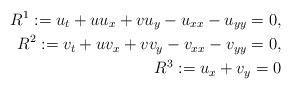
LaTeX: \begin{align*}R^1:=u_t+uu_x+vu_y-u_{xx}-u_{yy}=0,\\R^2:=v_t+uv_x+vv_y-v_{xx}-v_{yy}=0,\\R^3:=u_x+v_y=0\end{align*}